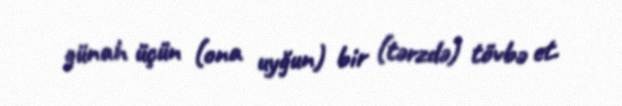
günah üçün (ona uyğun) bir (tərzdə) tövbə et.